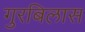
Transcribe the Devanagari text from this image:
गुरबिलास